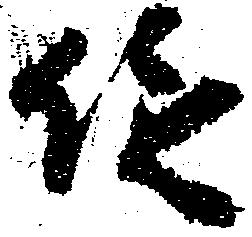
従